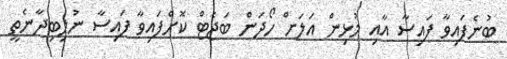
ބުނެފައިވާ ފައިސާ އާއި މުޅިން އަލަށް ހޯދަން ބަޖެޓް ކޮށްފައިވާ ފައިސާ ނުލިބިދާނެތީ